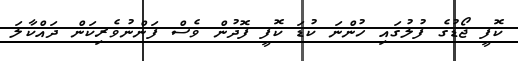
ކޮފީ ޖޯޑުގެ ފުލުގައި ހުންނަ ކުޑަ ކޮފީ ފޮދުން ވެސް ފަންނުވެރިކަން ދައްކާލަ